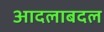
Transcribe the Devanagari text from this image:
आदलाबदल